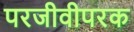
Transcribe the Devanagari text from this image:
परजीवीपरक